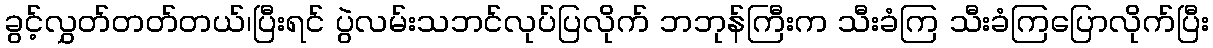
ခွင့်လွှတ်တတ်တယ်၊ပြီးရင် ပွဲလမ်းသဘင်လုပ်ပြလိုက် ဘဘုန်ကြီးက သီးခံကြ သီးခံကြပြောလိုက်ပြီး